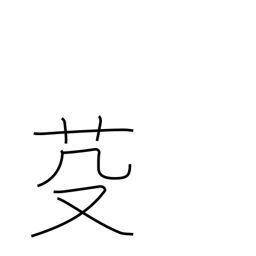
Meaning: mow